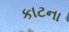
કાટના